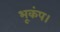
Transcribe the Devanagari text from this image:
भूकंप।